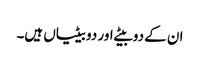
ان کے دو بیٹے اور دو بیٹیاں ہیں۔